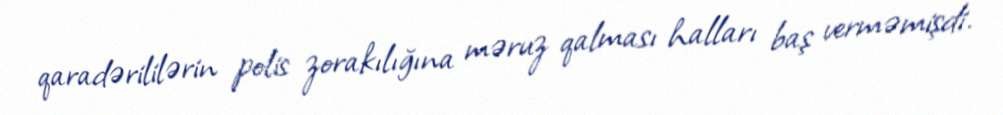
qaradərililərin polis zorakılığına məruz qalması halları baş verməmişdi.